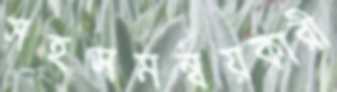
সহসমন্বয়কারী